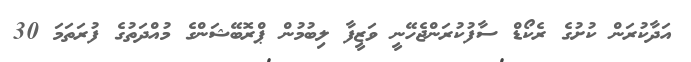
އަދާކުރަން ކުށުގެ ރެކޯޑް ސާފުކުރަންޖެހޭނީ ވަޒީފާ ލިބުމުން ޕްރޮބޭޝަންގެ މުއްދަތުގެ ފުރަތަމަ 30